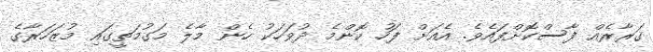
ގަރާރެއް ފާސްކޮށްފައެވެ. އެއަށް ފަހު ކޮންމެ ދުވަހަކު ހެން މާލެ މަގުމަތީގައި މުޒަހަރާގެ